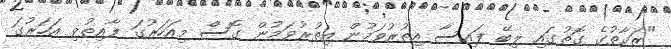
"ޒަކާތުގެ ގޮތުގައި ލިބޭ ފައިސާ އިތުރުވަމުން އިތުރުވަމުން ގޮސް މިއަހަރުގަ ފާއިތުވި އަހަރުގަ